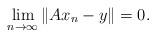
LaTeX: \begin{align*}\lim_{n \rightarrow \infty} \|A x_n-y\| =0.\end{align*}